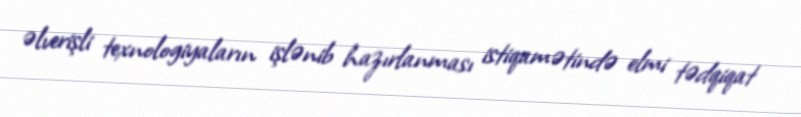
əlverişli texnologiyaların işlənib hazırlanması istiqamətində elmi tədqiqat